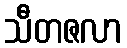
သီတဇလာ